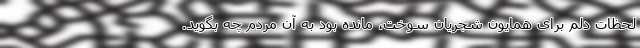
لحظات دلم برای همایون شجریان سوخت، مانده بود به آن مردم چه بگوید.